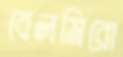
বেলমিরো